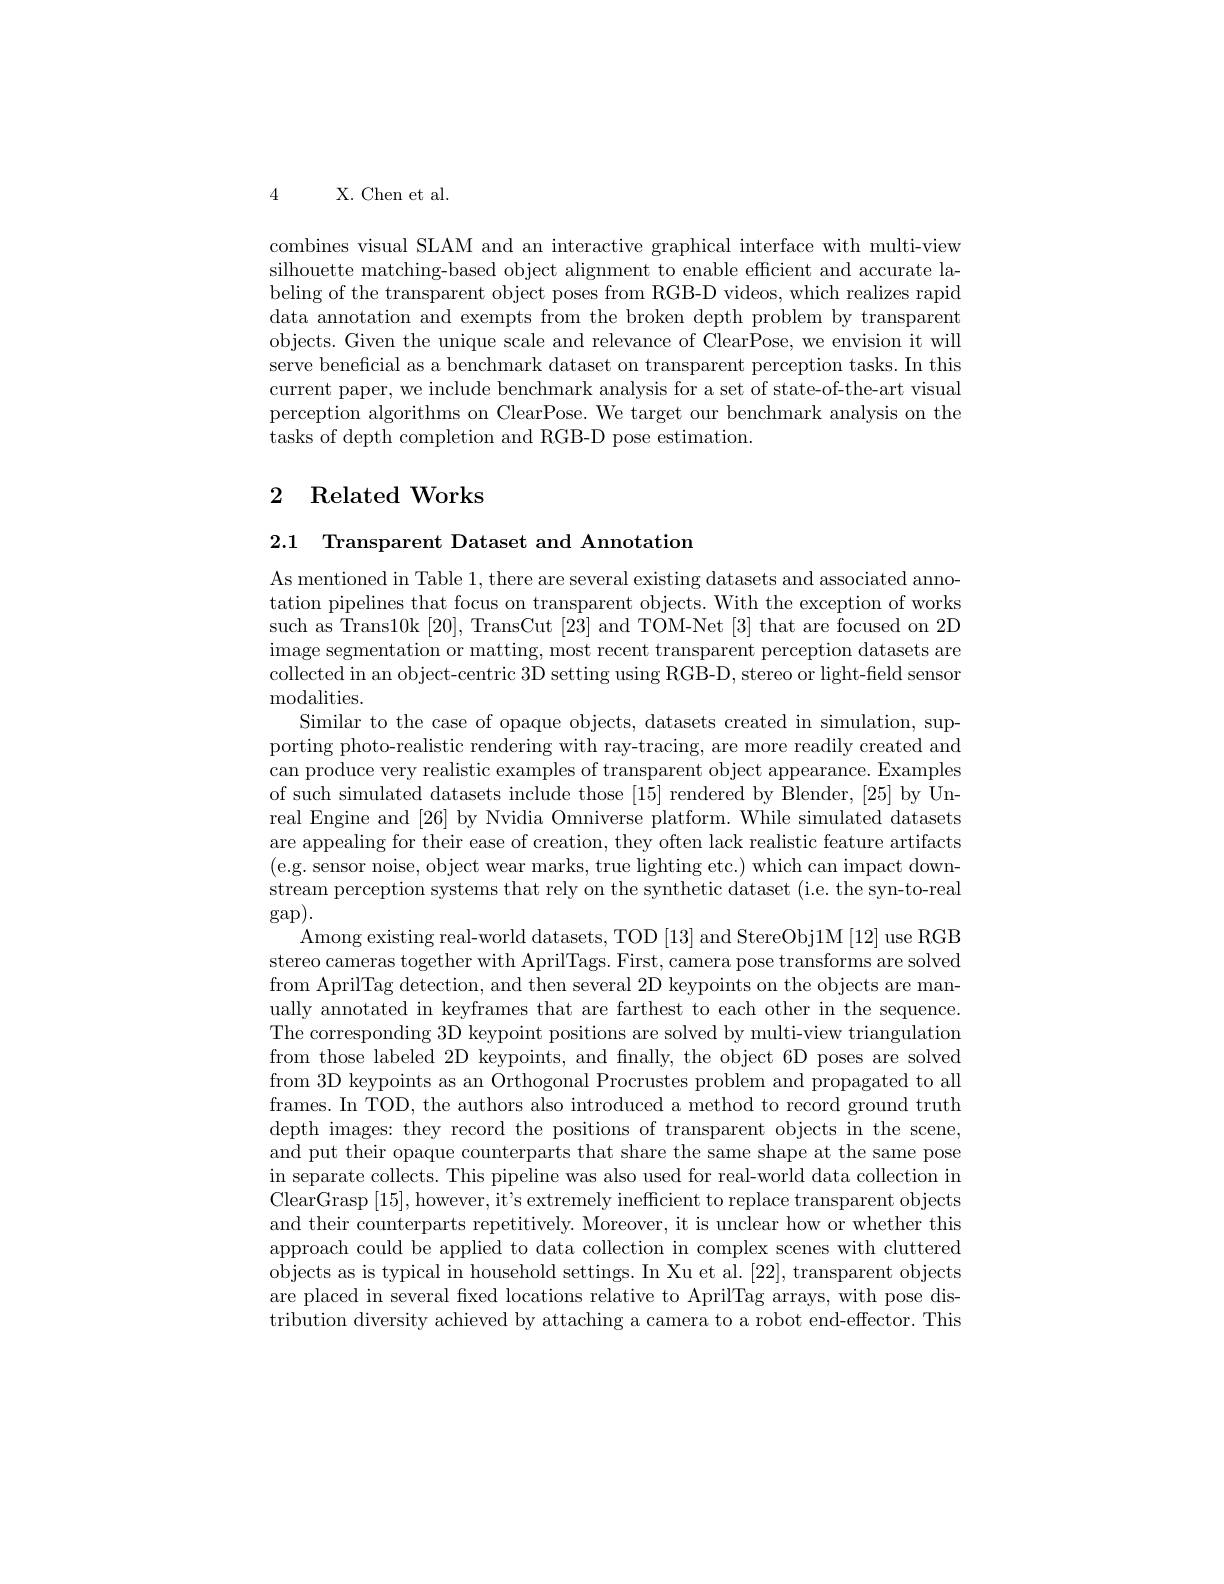
4 X. Chen et al.

combines visual SLAM and an interactive graphical interface with multi-view silhouette matching-based object alignment to enable efficient and accurate labeling of the transparent object poses from RGB-D videos, which realizes rapid data annotation and exempts from the broken depth problem by transparent objects. Given the unique scale and relevance of ClearPose, we envision it will serve beneficial as a benchmark dataset on transparent perception tasks. In this current paper, we include benchmark analysis for a set of state-of-the-art visual perception algorithms on ClearPose. We target our benchmark analysis on the tasks of depth completion and RGB-D pose estimation.

# 2 Related Works

2.1 Transparent Dataset and Annotatiom

As mentioned in Table 1, there are several existing datasets and associated annotation pipelines that focus on transparent objects. With the exception of works such as Trans10k [20], TransCut [23] and TOM-Net [3] that are focused on 2D image segmentation or matting, most recent transparent perception datasets are collected in an object-centric 3D setting using RGB-D, stereo or light-field sensor ${\mathrm{modalities.}}$
Similar to the case of opaque objects, datasets created in simulation, supporting photo-realistic rendering with ray-tracing, are more readily created and can produce very realistic examples of transparent object appearance. Examples of such simulated datasets include those [15] rendered by Blender, [25] by Unreal Engine and [26] by Nvidia Omniverse platform. While simulated datasets are appealing for their ease of creation, they often lack realistic feature artifacts (e.g. sensor noise, object wear marks, true lighting etc.) which can impact downstream perception systems that rely on the synthetic dataset (i.e. the syn-to-real gap).
Among existing real-world datasets, TOD [13] and StereObj1M [12] use RGB stereo cameras together with AprilTags. First, camera pose transforms are solved from AprilTag detection, and then several 2D keypoints on the objects are manually annotated in keyframes that are farthest to each other in the sequence. The corresponding 3D keypoint positions are solved by multi-view triangulation from those labeled 2D keypoints, and fnally, the object 6D poses are solved from 3D keypoints as an Orthogonal Procrustes problem and propagated to all frames. In TOD, the authors also introduced a method to record ground truth depth images: they record the positions of transparent objects in the scene, and put their opaque counterparts that share the same shape at the same pose in separate collects. This pipeline was also used for real-world data collection in ClearGrasp [15],however, it's extremely inefficient to replace transparent objects and their counterparts repetitively. Moreover, it is unclear how or whether this approach could be applied to data collection in complex scenes with cluttered objects as is typical in household settings. In Xu et al. [22], transparent objects are placed in several fixed locations relative to AprilTag arrays, with pose distribution diversity achieved by attaching a camera to a robot end-effector. This